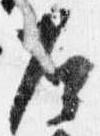
左